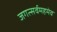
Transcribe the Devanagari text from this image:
जगत्सर्वमहमेव